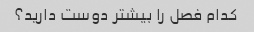
کدام فصل را بیشتر دوست دارید؟